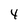
Character: 4